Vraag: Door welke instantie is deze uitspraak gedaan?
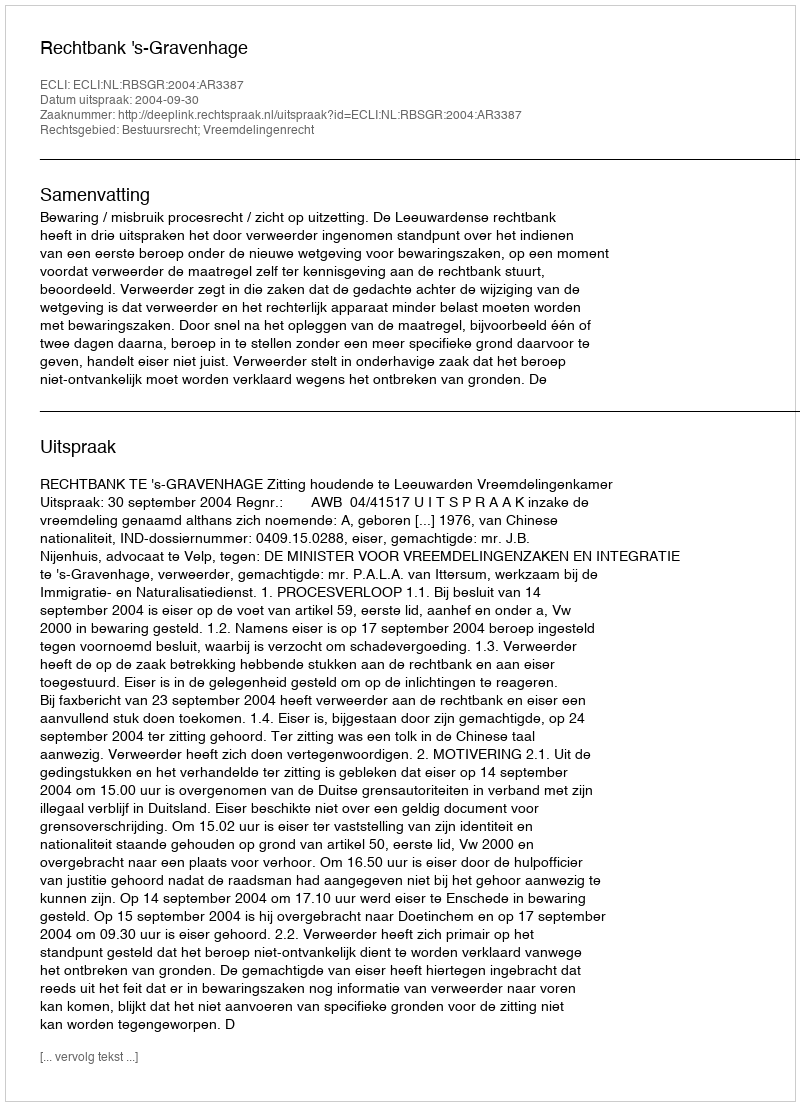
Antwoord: Rechtbank 's-Gravenhage